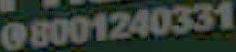
08001240331